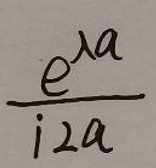
$\frac{e^{i a}}{i 2 a}$